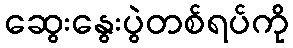
ဆွေးနွေးပွဲတစ်ရပ်ကို